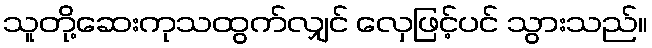
သူတို့ဆေးကုသထွက်လျှင် လှေဖြင့်ပင် သွားသည်။